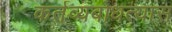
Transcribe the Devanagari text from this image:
कर्तव्यबोधत्यास